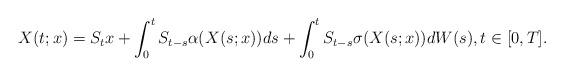
LaTeX: \begin{align*}X(t;x) = S_t x + \int_0^t S_{t-s} \alpha(X(s;x)) ds + \int_0^t S_{t-s} \sigma(X(s;x)) dW(s), t \in [0,T]. \end{align*}